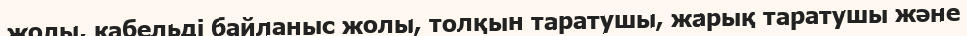
жолы, кабельді байланыс жолы, толқын таратушы, жарық таратушы және